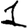
Digit: 1